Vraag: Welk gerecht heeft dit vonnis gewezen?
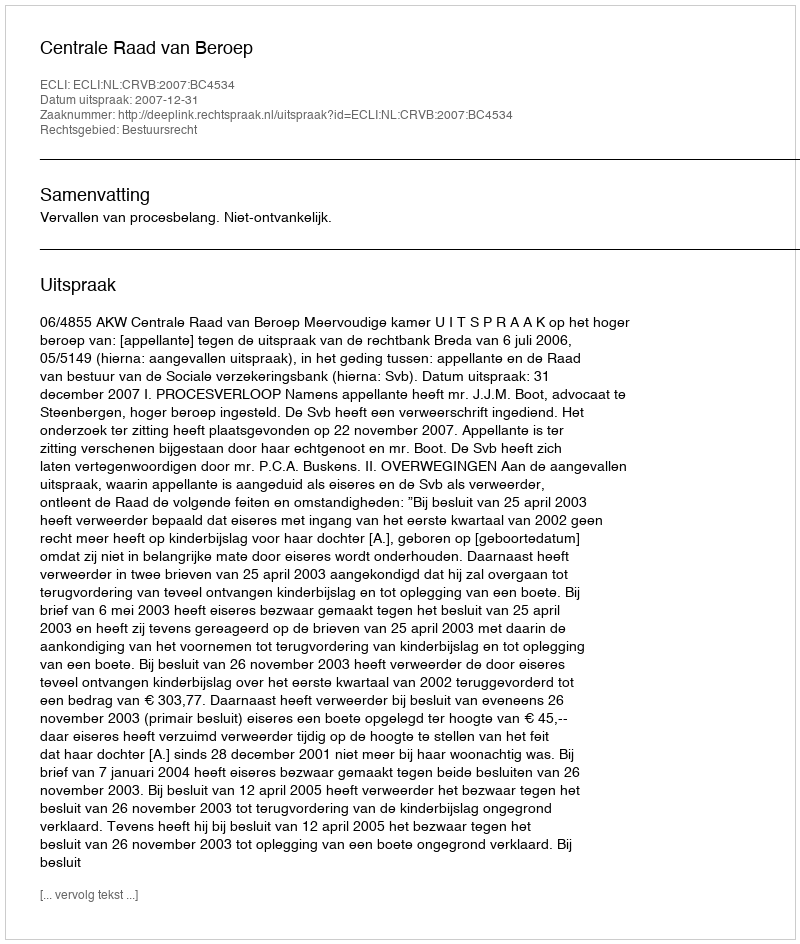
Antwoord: Centrale Raad van Beroep